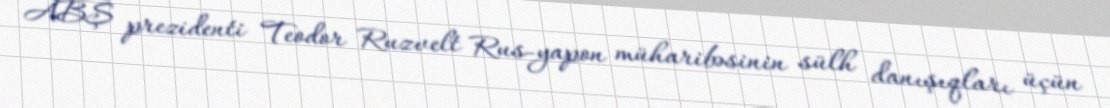
ABŞ prezidenti Teodor Ruzvelt Rus-yapon müharibəsinin sülh danışıqları üçün